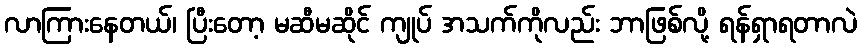
လာကြားနေတယ်၊ ပြီးတော့ မဆီမဆိုင် ကျုပ် အသက်ကိုလည်း ဘာဖြစ်လို့ ရန်ရှာရတာလဲ